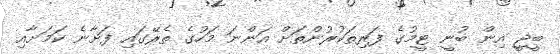
ބީޖީ އިން ބުނީ ޓީމުގެ ފަރިތަކުރުންތަށް އަންނަ މަހުގެ ތެރޭގައި ފަށާނެ ކަމަށާއި